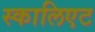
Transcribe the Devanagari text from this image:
स्कालिएट